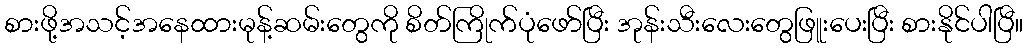
စားဖို့အသင့်အနေထားမုန့်ဆမ်းတွေကို စိတ်ကြိုက်ပုံဖော်ပြီး အုန်းသီးလေးတွေဖြူးပေးပြီး စားနိုင်ပါပြီ။